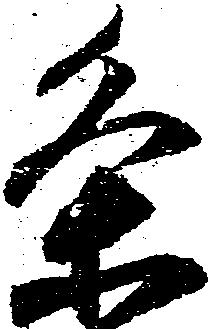
条